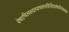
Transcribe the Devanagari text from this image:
वेषाभिलक्ष्यस्वभवनविजिताशेषवित्तेशकोषा